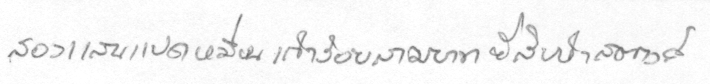
สองแสนแปดหมื่นเก้าร้อยสามบาทยี่สิบห้าสตางค์